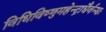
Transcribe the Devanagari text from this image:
विधिविष्णुमहेन्द्राद्यैर्वन्द्यः